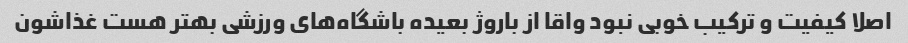
اصلا کیفیت و ترکیب خوبی نبود واقا از باروژ بعیده باشگاه‌های ورزشی بهتر هست غذاشون